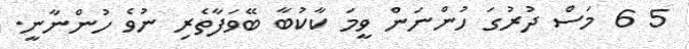
5 6 މަސް ދުރުގަ ހުންނަން ވީމަ ކާކުބާ ބޭވަފާތެރި ނުވެ ހުންނާނީ.